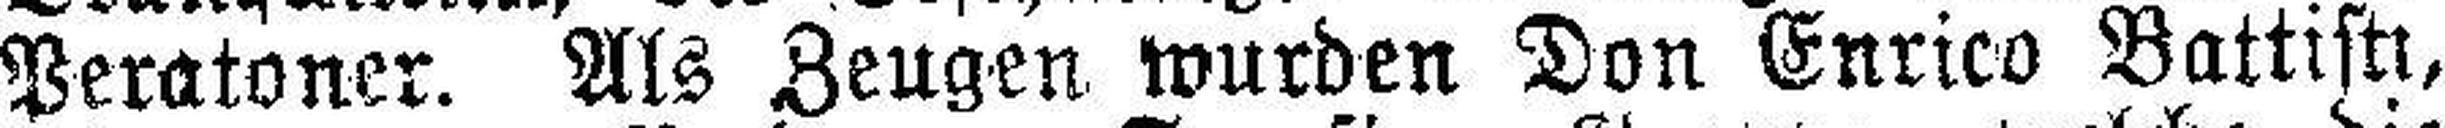
Peratoner. Als Zeugen wurden Don Enrico Battisti,